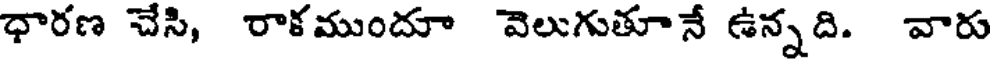
ధారణ చేసి, రాకముందూ వెలుగుతూనే ఉన్నది. వారు